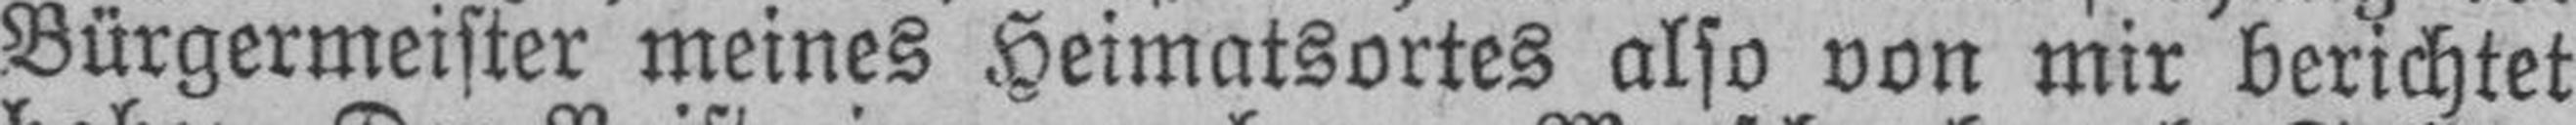
Bürgermeister meines Heimatsortes also von mir berichtet